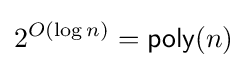
2^{O(\log n)}={\textsf {poly}}(n)